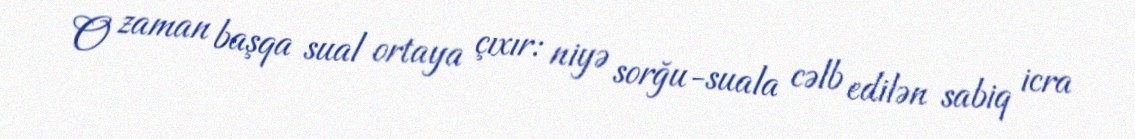
O zaman başqa sual ortaya çıxır: niyə sorğu-suala cəlb edilən sabiq icra